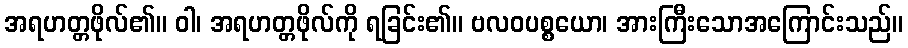
အရဟတ္တဖိုလ်၏။ ဝါ၊ အရဟတ္တဖိုလ်ကို ရခြင်း၏။ ဗလဝပစ္စယော၊ အားကြီးသောအကြောင်းသည်။